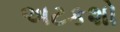
અટકશો